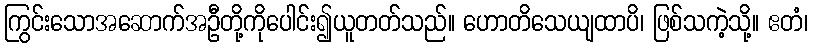
ကြွင်းသောအဆောက်အဦတို့ကိုပေါင်း၍ယူတတ်သည်။ ဟောတိသေယျထာပိ၊ ဖြစ်သကဲ့သို့။ ဧတံ၊